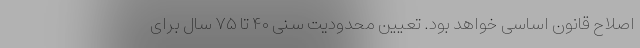
اصلاح قانون اساسی خواهد بود. تعیین محدودیت سنی ۴۰ تا ۷۵ سال برای